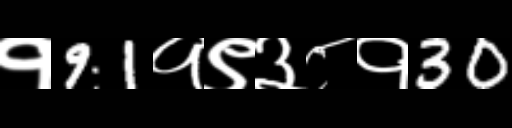
Text: १91१९३८१30